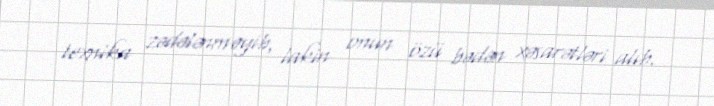
texnika zədələnməyib, lakin onun özü bədən xəsarətləri alıb.